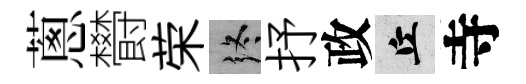
蔥欎荣终抒政丘寺